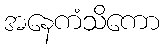
အနေကံသိကော